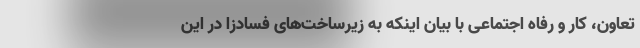
تعاون، کار و رفاه اجتماعی با بیان اینکه به زیرساخت‌های فسادزا در این